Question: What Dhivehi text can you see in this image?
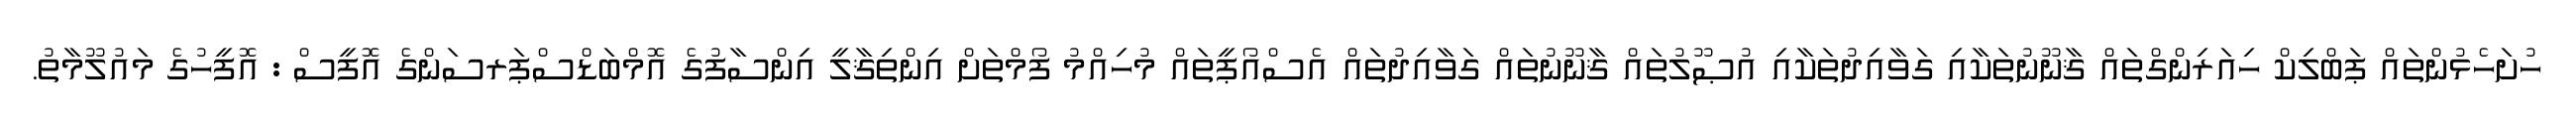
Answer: ހުށަހެޅުންތައް ޕަބްލިކް ހިއަރިންގްތައް ޤާނޫނުތަކާއި ގަވާއިދުތަކާއި އުޞޫލުތައް ޤާނޫނުތައް ގަވާއިދުތައް އެސްއޯޕީތައް މުހިއްމު ފޯމްތަށް އިންތިޤާލީ އިންސާފުގެ އޮމްބަޑްސްޕަރސަންގެ އޮފީސް : އޮފީހުގެ މައުލޫމާތު.